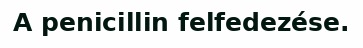
A penicillin felfedezése.